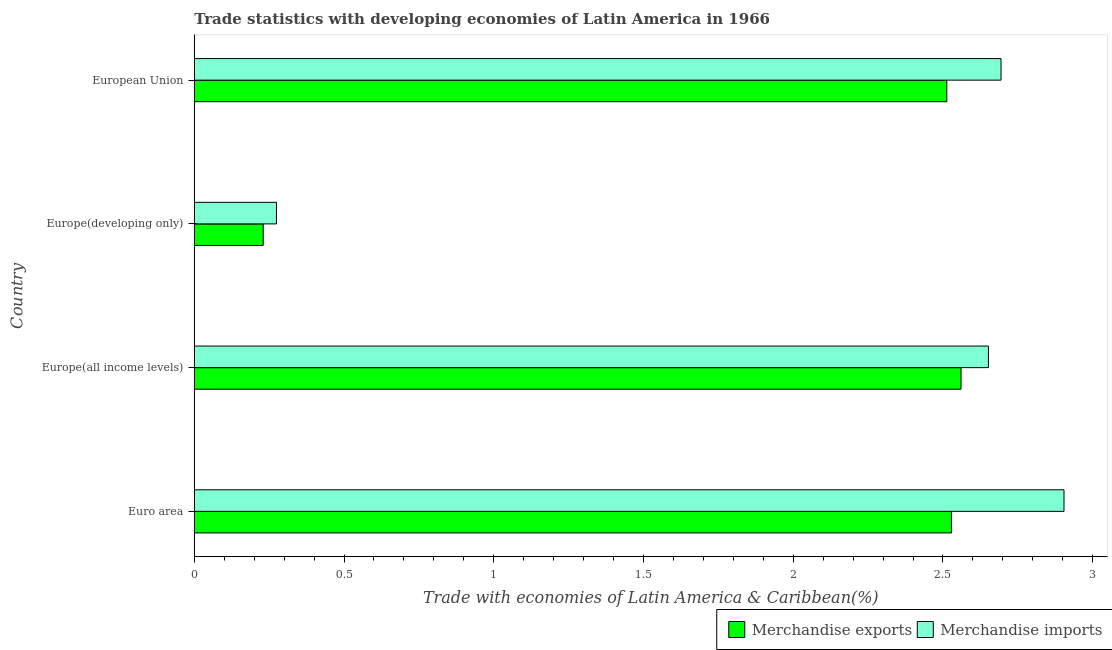
| Country | Merchandise exports | Merchandise imports |
 | --- | --- | --- |
 | Euro area | 2.53 | 2.9 |
 | Europe(all income levels) | 2.56 | 2.65 |
 | Europe(developing only) | 0.23 | 0.274 |
 | European Union | 2.51 | 2.69 |